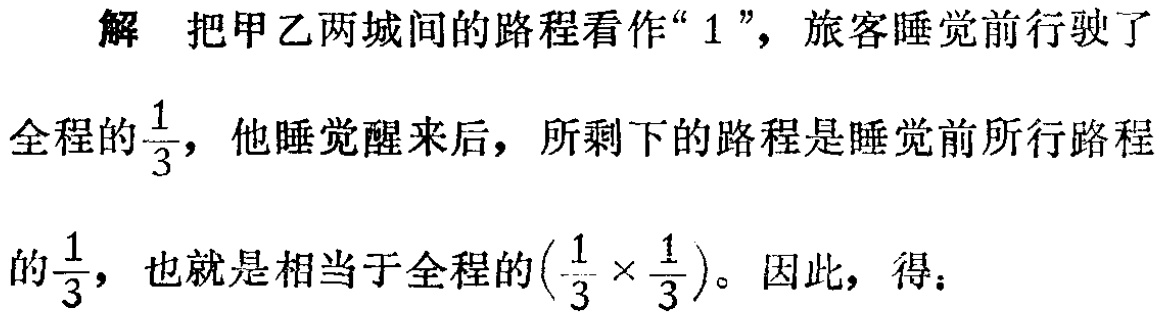
解 把甲乙两城间的路程看作“$1$”，旅客睡觉前行驶了

全程的$\frac{1}{3}$，他睡觉醒来后，所剩下的路程是睡觉前所行路程

的$\frac{1}{3}$，也就是相当于全程的$(\frac{1}{3} \times \frac{1}{3})$。因此，得：